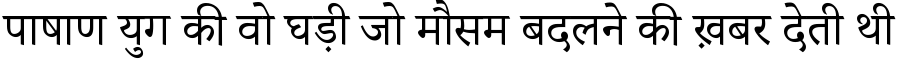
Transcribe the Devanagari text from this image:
पाषाण युग की वो घड़ी जो मौसम बदलने की ख़बर देती थी